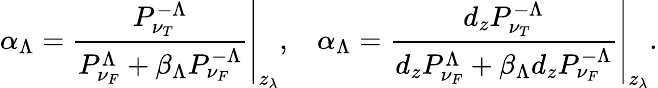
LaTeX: \alpha_{\Lambda}=\left.\frac{P_{\nu_{T}}^{-\Lambda}}{P_{\nu_{F}}^{\Lambda}+\beta_{\Lambda}P_{\nu_{F}}^{-\Lambda}}\right\vert_{z_{\lambda}},\: \: \: \: \alpha_{\Lambda}=\left.\frac{d_{z}P_{\nu_{T}}^{-\Lambda}}{d_{z}P_{\nu_{F}}^{\Lambda}+\beta_{\Lambda}d_{z}P_{\nu_{F}}^{-\Lambda}}\right\vert_{z_{\lambda}}.